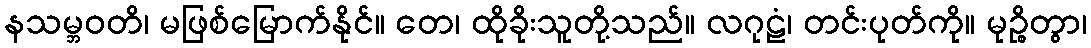
နသမ္ဘဝတိ၊ မဖြစ်မြောက်နိုင်။ တေ၊ ထိုခိုးသူတို့သည်။ လဂုဠံ၊ တင်းပုတ်ကို။ မုဉ္စိတွာ၊